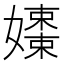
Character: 𡣒